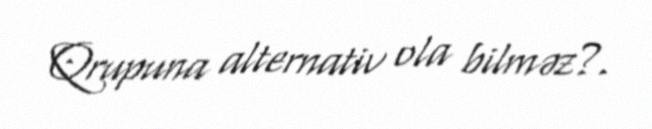
Qrupuna alternativ ola bilməz?.